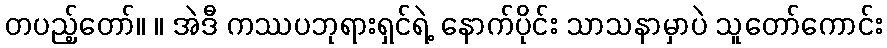
တပည့်တော်။ ။ အဲဒီ ကဿပဘုရားရှင်ရဲ့ နောက်ပိုင်း သာသနာမှာပဲ သူတော်ကောင်း